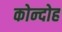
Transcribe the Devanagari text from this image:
कोन्‍दोह